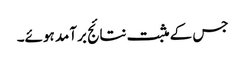
جس کے مثبت نتائج برآمد ہوئے۔